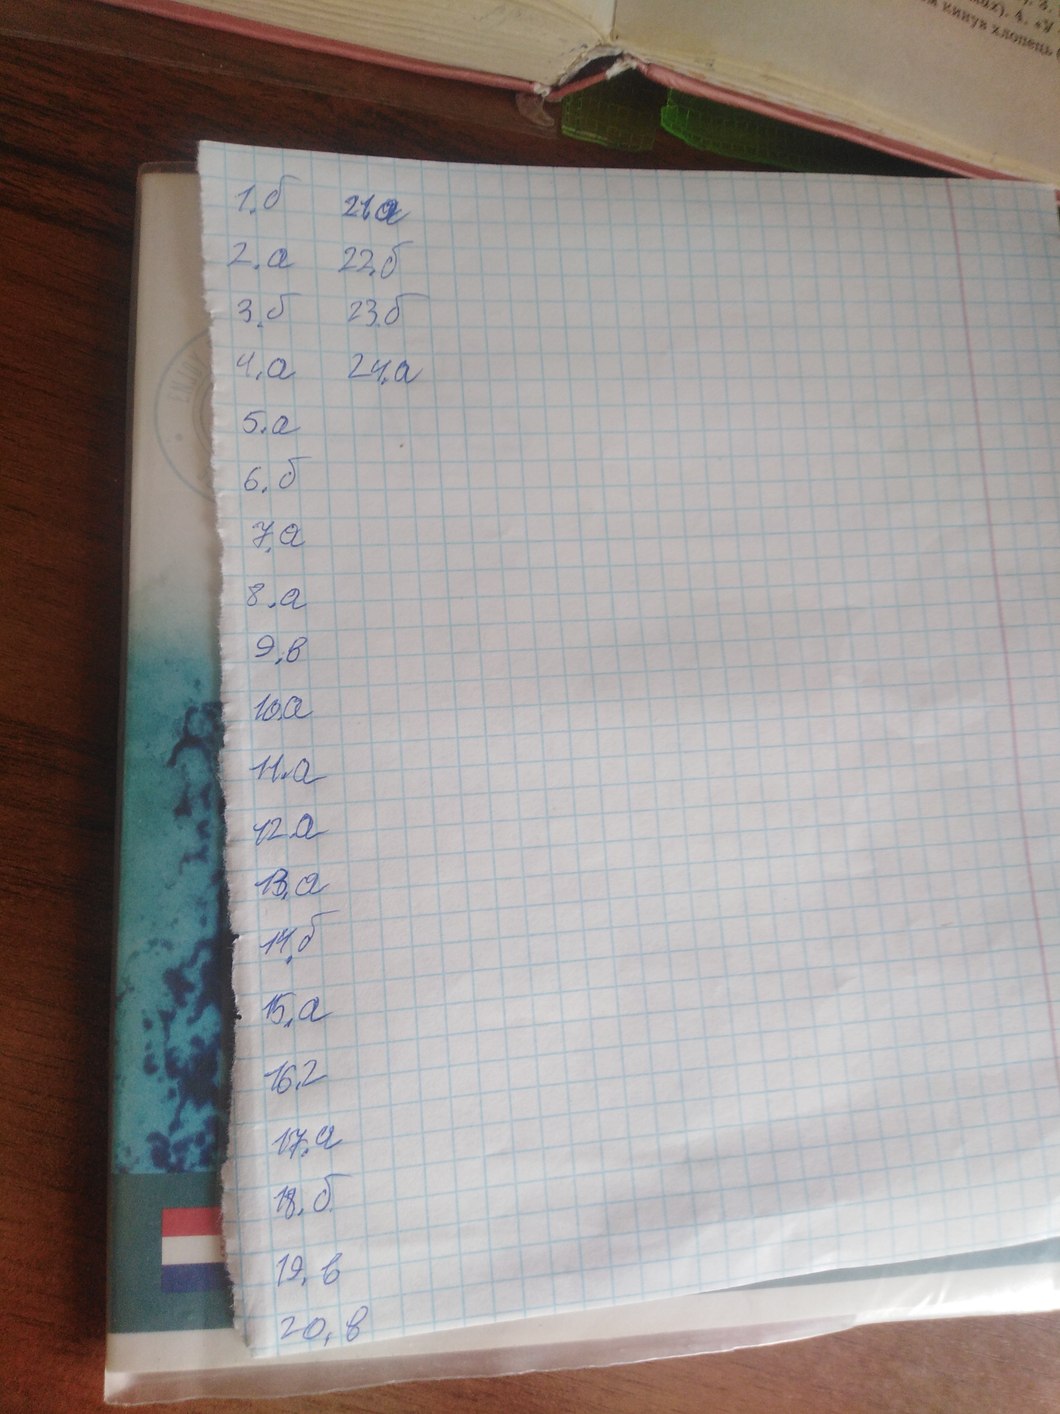
1. б
21. а
2. a
22. б
3. б
23. б
4. а
24. а
5. a
6. б
7. a
8. a
9. в
10. a
11. а
12. a
13. а
14. б
15. a
16. г
17. a
18. б
19. в
20. в